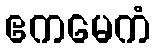
ဧကမေကံ